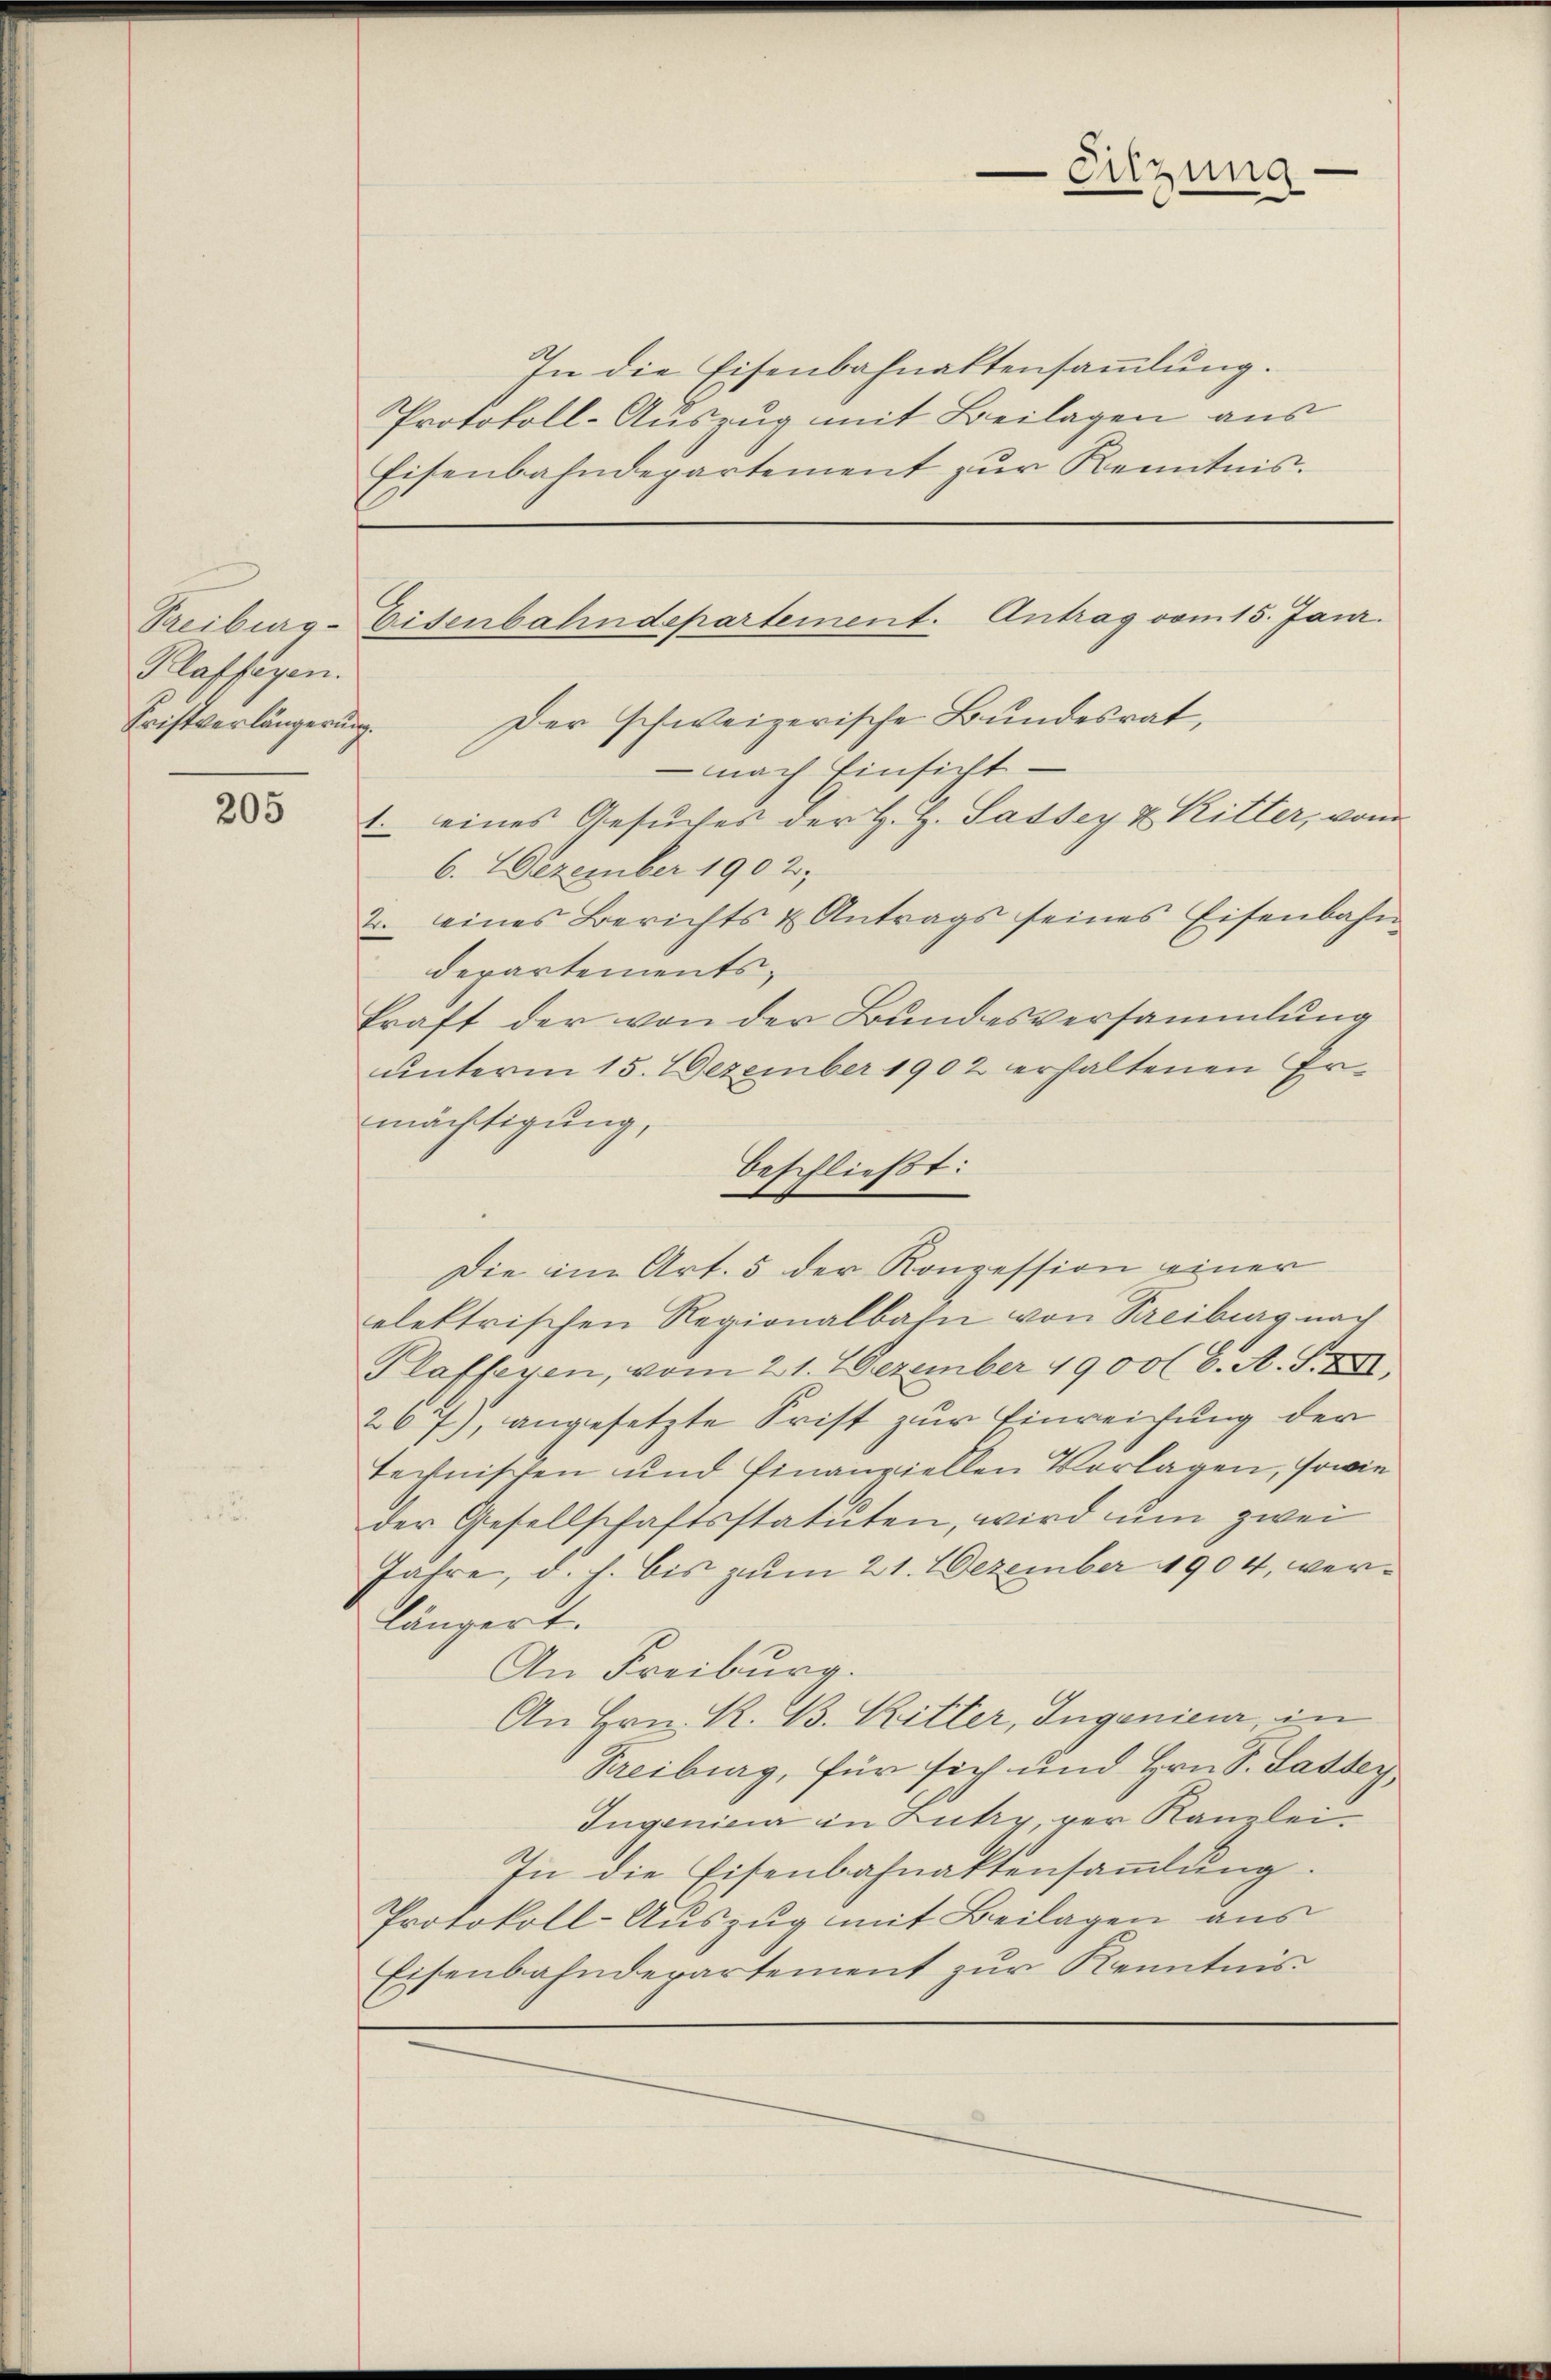
Eitzung

In die Eisenbahnaktensammlung.
Protokoll-Auszug mit Beilagen aus
Eisenbahndepartement zŭr Kenntnis.

Treiburg-Eisenbahndepartement. Antrag vom 15. Janr.
Fristverlängerung. Der schweizerische Bundesrat,

Klaffagen.

nach Einsicht.
1. eines Gesuches der H. H. Sasser u Ritter, vom
2. eines Berichts u Antrags seines Eisenbahn
kraft der von der Bundesversammlung
unterm 15. 2 Dezember 1902 erhaltenen Er¬

6. 2 Dezember 1902;
departementsmächtigung,
Die im Art. 5 der Konzession einer
elektrischen Regionalbahn von Freiburg nach
Plaffeyen, vom 21. 7 Dezember 1900 (6. A. S. XXII,
267), angesetzte Frist zur Einreichung der
technischen und finanziellen Vorlagen, sowie
der Gesellschaftsstatuten, wird um zwei
Jahre, d. h. bis zum 21. Dezember 1904, verlängert.
An Freiburg.
An Hrn. R. B. Ritter, Ingenieur, in
Freiburg, für sich und Hrn. S. Sadter
Ingenien in Lutry, ver Kanzlei-
In die Eisenbahnaktensammlung.
Protokoll-Auszug mit Beilagen aus
Eisenbahndepartement zur Kenntnis

205

beschließt: